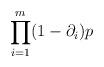
LaTeX: \begin{align*}\prod_{i=1}^{m} (1-\partial_i)p\end{align*}